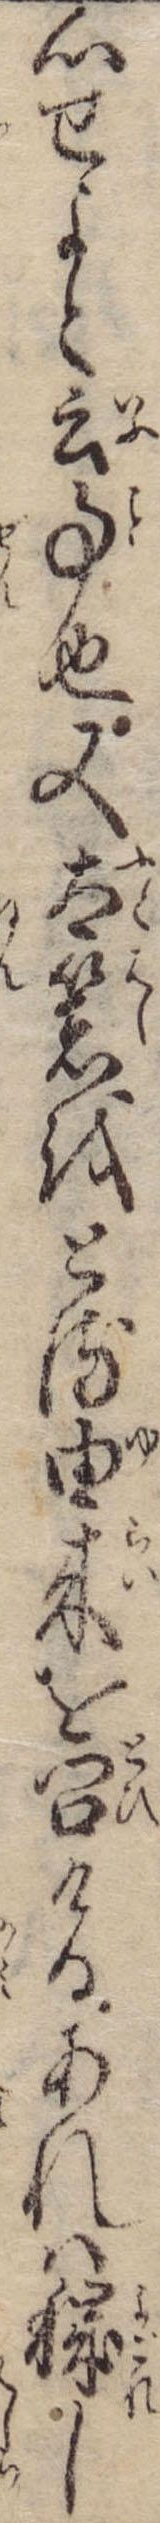
心せよと云事也又太箸をとる由来を問けるあれは穢し